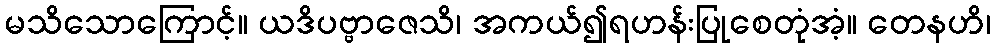
မသိသောကြောင့်။ ယဒိပဗ္ဗာဇေသိ၊ အကယ်၍ရဟန်းပြုစေတုံအံ့။ တေနဟိ၊